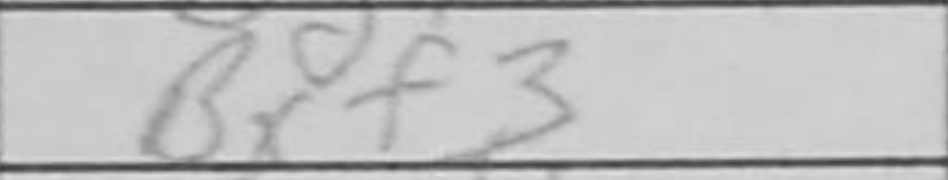
Transcription: Bxf3